Madras plague regulations and rules - Volume 1
Disease focus: Plague
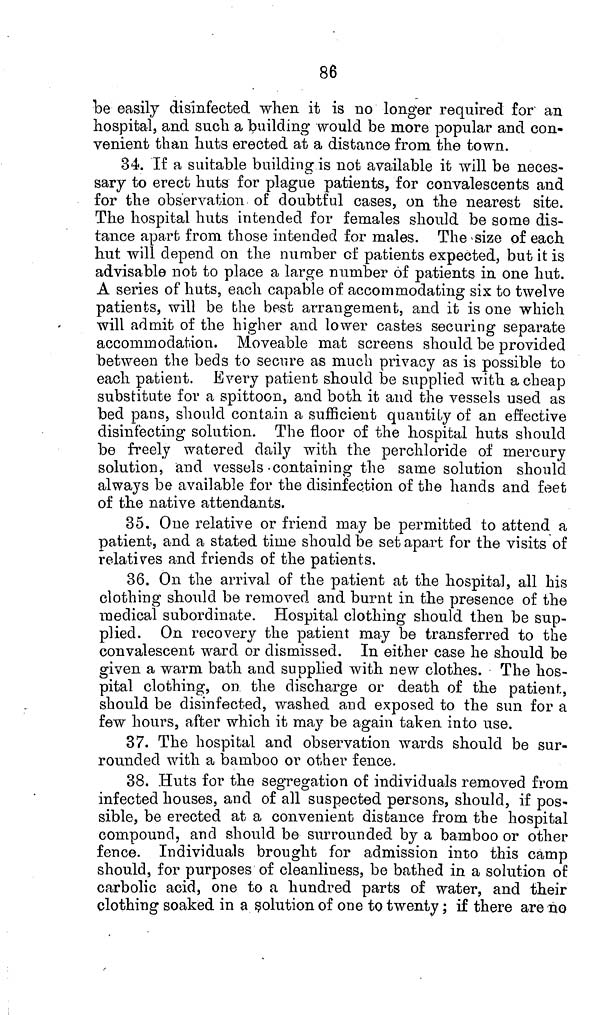
86
be easily disinfected when it is no longer required for an
hospital, and such a building would be more popular and con-
venient than huts erected at a distance from the town.
34. If a suitable building is not available it will be neces-
sary to erect huts for plague patients, for convalescents and
for the observation of doubtful cases, on the nearest site.
The hospital huts intended for females should be some dis-
tance apart from those intended for males. The size of each
hut will depend on the number of patients expected, but it is
advisable not to place a large number of patients in one hut.
A series of huts, each capable of accommodating six to twelve
patients, will be the best arrangement, and it is one which
will admit of the higher and lower castes securing separate
accommodation. Moveable mat screens should be provided
between the beds to secure as much privacy as is possible to
each patient. Every patient should be supplied with a cheap
substitute for a spittoon, and both it and the vessels used as
bed pans, should contain a sufficient quantity of an effective
disinfecting solution. The floor of the hospital huts should
be freely watered daily with the perchloride of mercury
solution, and vessels containing the same solution should
always be available for the disinfection of the hands and feet
of the native attendants.
35. One relative or friend may be permitted to attend a
patient, and a stated time should be set apart for the visits of
relatives and friends of the patients.
36. On the arrival of the patient at the hospital, all his
clothing should be removed and burnt in the presence of the
medical subordinate. Hospital clothing should then be sup-
plied. On recovery the patient may be transferred to the
convalescent ward or dismissed. In either case he should be
given a warm bath and supplied with new clothes. The hos-
pital clothing, on the discharge or death of the patient,
should be disinfected, washed and exposed to the sun for a
few hours, after which it may be again taken into use.
37. The hospital and observation wards should be sur-
rounded with a bamboo or other fence.
38. Huts for the segregation of individuals removed from
infected houses, and of all suspected persons, should, if pos-
sible, be erected at a convenient distance from the hospital
compound, and should be surrounded by a bamboo or other
fence. Individuals brought for admission into this camp
should, for purposes of cleanliness, be bathed in a solution of
carbolic acid, one to a hundred parts of water, and their
clothing soaked in a solution of one to twenty; if there are no